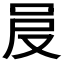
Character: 𠰎